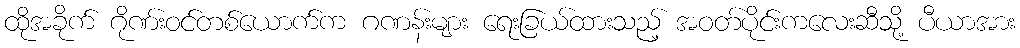
ထိုအခိုက် ဂိုဏ်းဝင်တစ်ယောက်က ဂဏန်းများ ရေးခြယ်ထားသည့် အဝတ်ပိုင်းကလေးဆီသို့ ပီယာအား